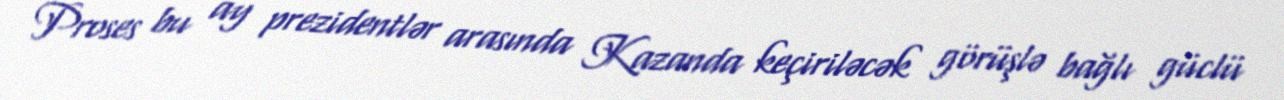
Proses bu ay prezidentlər arasında Kazanda keçiriləcək görüşlə bağlı güclü